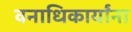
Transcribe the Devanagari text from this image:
वनाधिकार्यांना